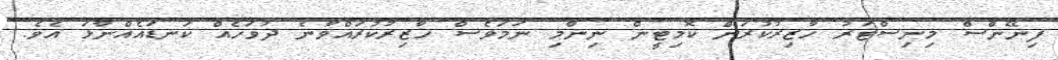
ފިނޭންސް މިނިސްޓަރު ހާޒިރުކުރަން ކޮމިޓީން ނިންމި ނަމަވެސް ހާޒިރުކުރައްވާނެ ދުވަހެއް ކަނޑައެއްނާޅަ އެވެ.